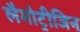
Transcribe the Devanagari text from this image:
लैमोट्रीजिन